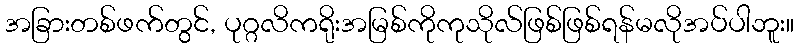
အခြားတစ်ဖက်တွင်, ပုဂ္ဂလိကရိုးအမြစ်ကိုကုသိုလ်ဖြစ်ဖြစ်ရန်မလိုအပ်ပါဘူး။